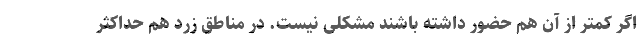
اگر کمتر از آن هم حضور داشته باشند مشکلی نیست. در مناطق زرد هم حداکثر